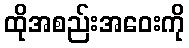
ထိုအစည်းအဝေးကို